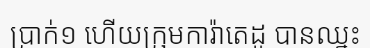
ប្រាក់១ ហើយក្រុមការ៉ាតេដូ បានឈ្នះ